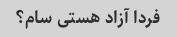
فردا آزاد هستی سام؟